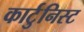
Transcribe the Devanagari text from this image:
कार्टुनिस्ट